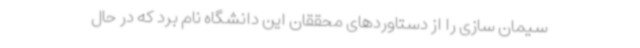
سیمان سازی را از دستاوردهای محققان این دانشگاه نام برد که در حال